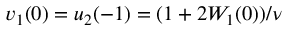
v _ { 1 } ( 0 ) = u _ { 2 } ( - 1 ) = ( 1 + 2 W _ { 1 } ( 0 ) ) / \nu